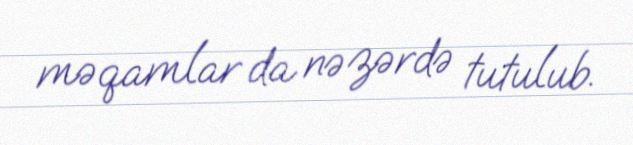
məqamlar da nəzərdə tutulub.